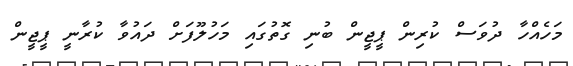
މަހެއްހާ ދުވަސް ކުރިން ޕީޖީން ބުނި ގޮތުގައި މަހުލޫފަށް ދައުވާ ކުރާނީ ޕީޖީން